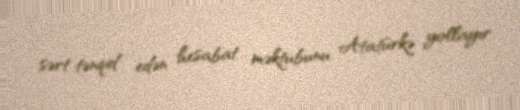
sərt tənqid edən hesabat məktubunu Atatürkə yollayır.